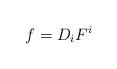
LaTeX: \begin{align*}f=D_i F^i\end{align*}